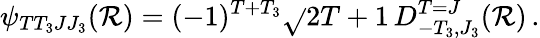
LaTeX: \psi_{TT_{3}JJ_{3}}(\mathcal{R})=(-1)^{T+T_{3}}\sqrt{}{{2T+1}}\, D_{-T_{3},J_{3}}^{T=J}(\mathcal{R})\, .